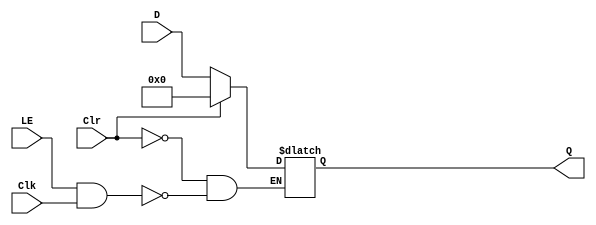
module Register32 (output reg [31:0] Q, input [31:0] D, input LE, Clr, Clk);

	always @ (Clk, Clr)

	if (Clr) Q <= 32'h00000000;
	else if (LE && Clk) Q <= D;

endmodule